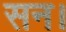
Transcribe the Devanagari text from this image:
सन।